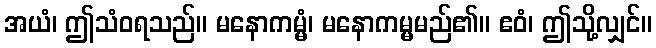
အယံ၊ ဤသံဝရသည်။ မနောကမ္မံ၊ မနောကမ္မမည်၏။ ဧဝံ၊ ဤသို့လျှင်။